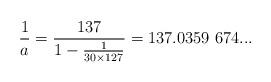
LaTeX: \begin{align*}{1 \over a} = {137\over 1- {1 \over 30 \times 127}} =137.0359 \ 674...\end{align*}